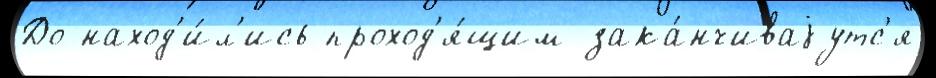
До наход'и́л'ись проход'я́щим зака́нчиваjутс'я